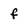
Character: f